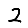
Digit: 2